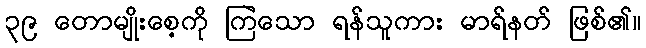
၃၉ တောမျိုးစေ့ကို ကြဲသော ရန်သူကား မာရ်နတ် ဖြစ်၏။